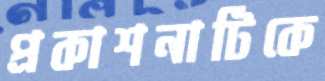
প্রকাশনাটিকে